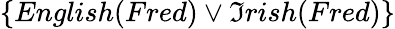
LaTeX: \{ English(Fred)\vee\mathfrak{I}rish(Fred)\}